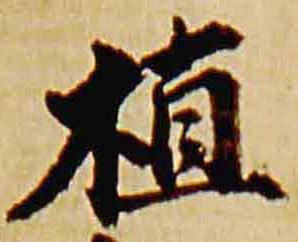
植